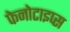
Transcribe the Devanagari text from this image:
फेनोटाइप्स